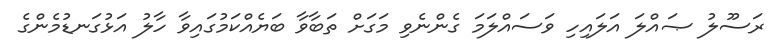
ރަސޫލު ޞައްލަ އަލައިހި ވަސައްލަމަ ގެންނެވި މަގަށް ތަބާވާ ބަޔެއްކަމުގައިވާ ހާލު އަޅުގަނޑުމެންގެ